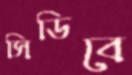
সিডিবে